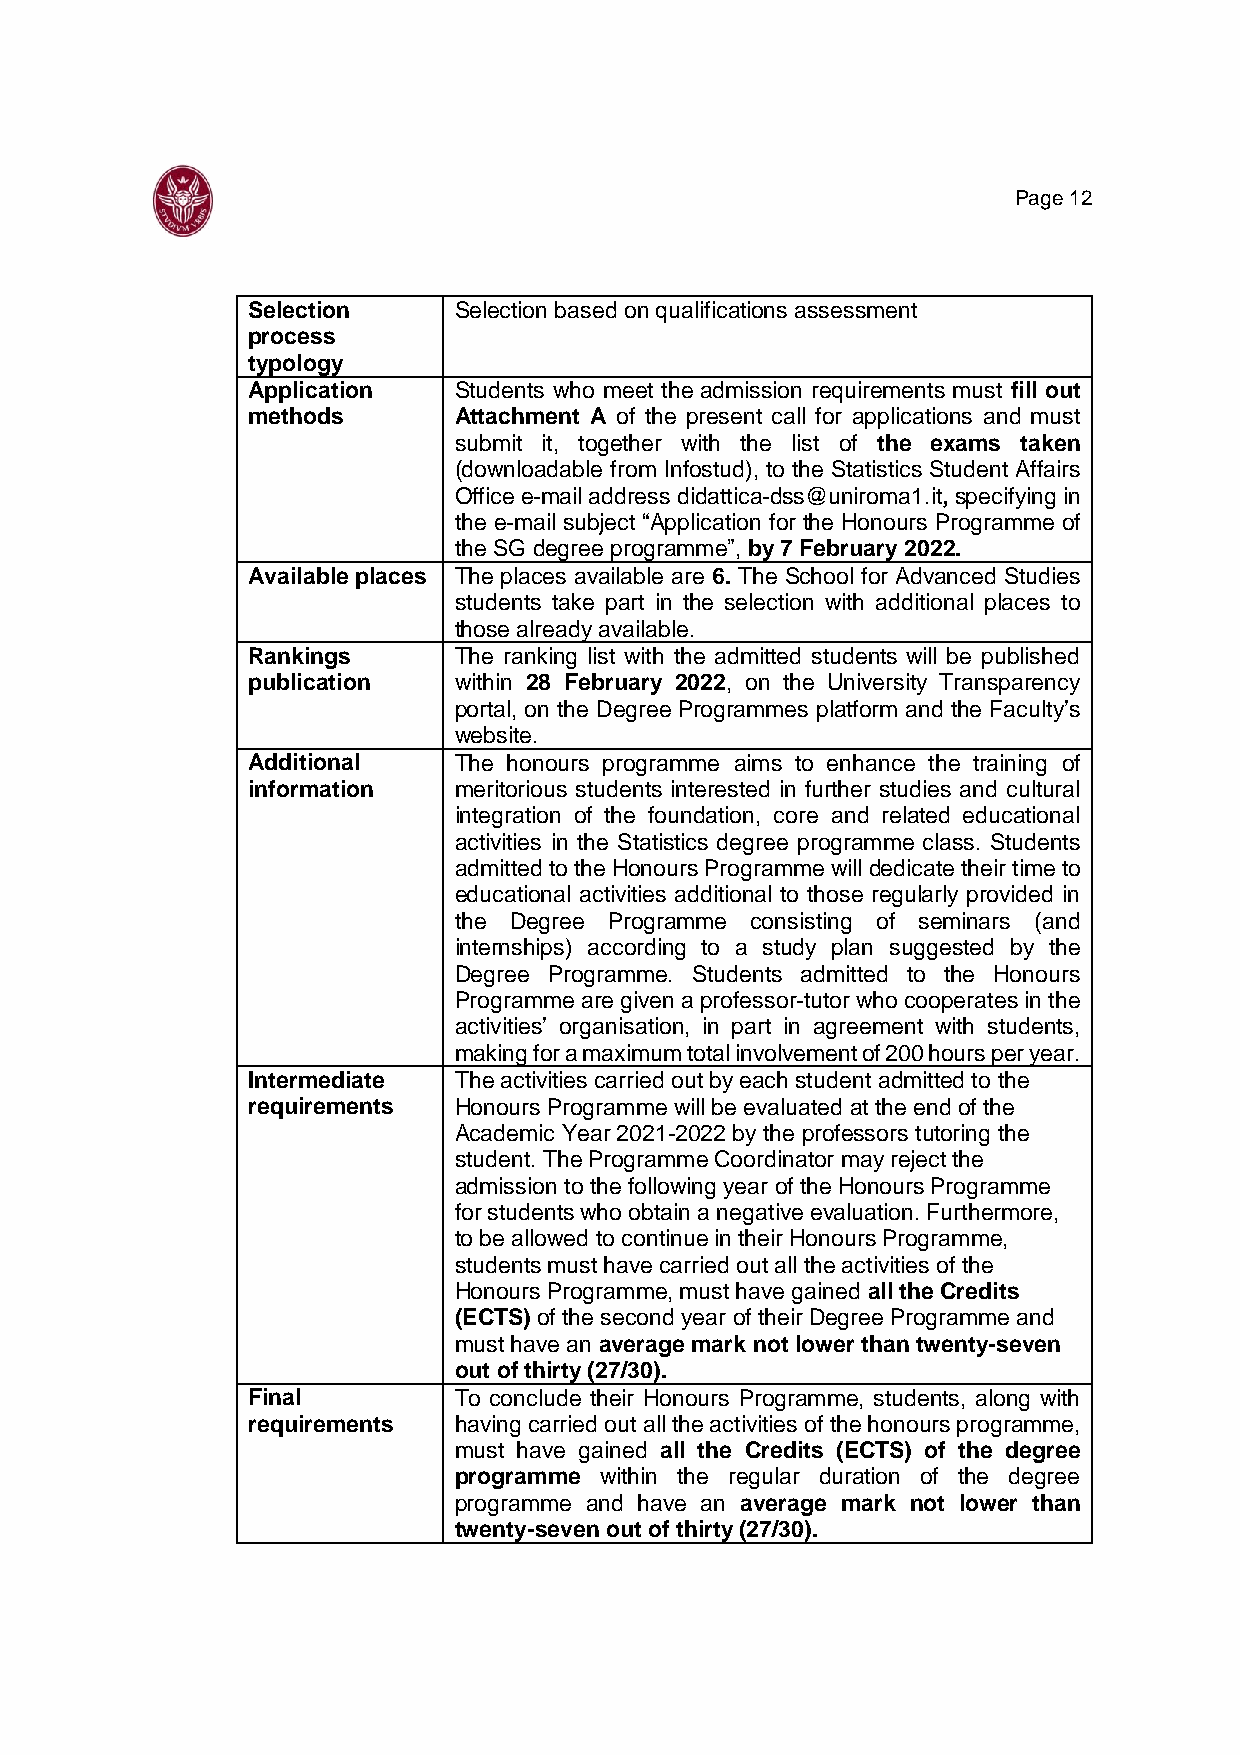
Page 12
 Selection     Selection based on qualifications assessment
 process
 typology
 Application   Students who meet the admission requirements must fill out
 methods       Attachment A of the present call for applications and must
 submit it, together with the list of the exams taken
 (downloadable from Infostud), to the Statistics Student Affairs
 Office e-mail address didattica-dss@uniroma1.it, specifying in
 the e-mail subject “Application for the Honours Programme of
 the SG degree programme”, by 7 February 2022.
 Available places The places available are 6. The School for Advanced Studies
 students take part in the selection with additional places to
 those already available.
 Rankings      The ranking list with the admitted students will be published
 publication   within 28 February 2022, on the University Transparency
 portal, on the Degree Programmes platform and the Faculty’s
 website.
 Additional    The honours programme aims to enhance the training of
 information   meritorious students interested in further studies and cultural
 integration of the foundation, core and related educational
 activities in the Statistics degree programme class. Students
 admitted to the Honours Programme will dedicate their time to
 educational activities additional to those regularly provided in
 the Degree Programme consisting of seminars (and
 internships) according to a study plan suggested by the
 Degree Programme. Students admitted to the Honours
 Programme are given a professor-tutor who cooperates in the
 activities’ organisation, in part in agreement with students,
 making for a maximum total involvement of 200 hours per year.
 Intermediate  The activities carried out by each student admitted to the
 requirements  Honours Programme will be evaluated at the end of the
 Academic Year 2021-2022 by the professors tutoring the
 student. The Programme Coordinator may reject the
 admission to the following year of the Honours Programme
 for students who obtain a negative evaluation. Furthermore,
 to be allowed to continue in their Honours Programme,
 students must have carried out all the activities of the
 Honours Programme, must have gained all the Credits
 (ECTS) of the second year of their Degree Programme and
 must have an average mark not lower than twenty-seven
 out of thirty (27/30).
 Final         To conclude their Honours Programme, students, along with
 requirements  having carried out all the activities of the honours programme,
 must have gained all the Credits (ECTS) of the degree
 programme within the regular duration of the degree
 programme and have an average mark not lower than
 twenty-seven out of thirty (27/30).